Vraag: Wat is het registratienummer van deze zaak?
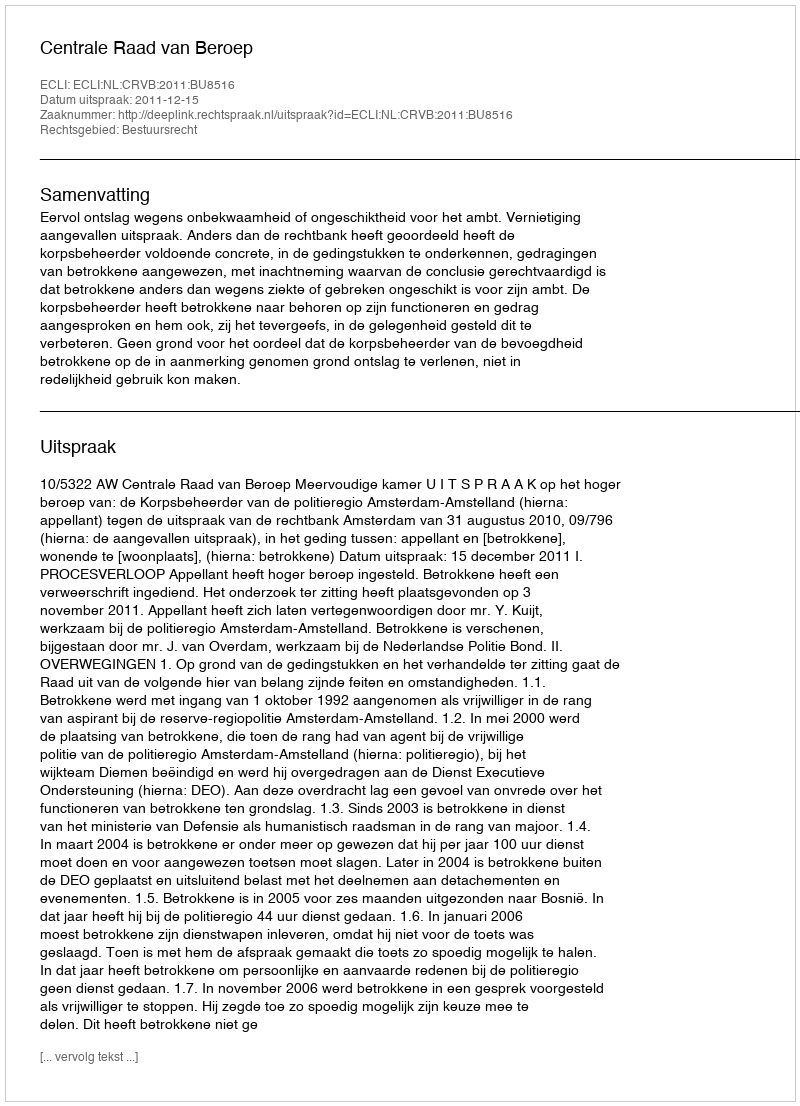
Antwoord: http://deeplink.rechtspraak.nl/uitspraak?id=ECLI:NL:CRVB:2011:BU8516